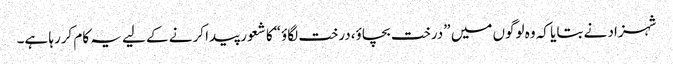
شہزاد نے بتایا کہ وہ لوگوں میں ”درخت بچاؤ،درخت لگاؤ“کا شعور پیدا کرنے کے لیے یہ کام کررہا ہے۔